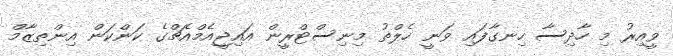
ވީއިރު މި ހާދިސާ ހިނގާފައި ވަނީ ހެލްތު މިނިސްޓްރީން އައިޖީއެމްއެޗްގެ ކަންކަން އިންތިޒާމް